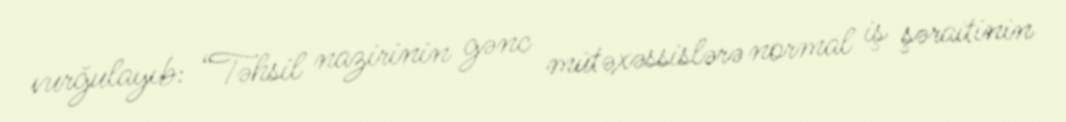
vurğulayıb: “Təhsil nazirinin gənc mütəxəssislərə normal iş şəraitinin